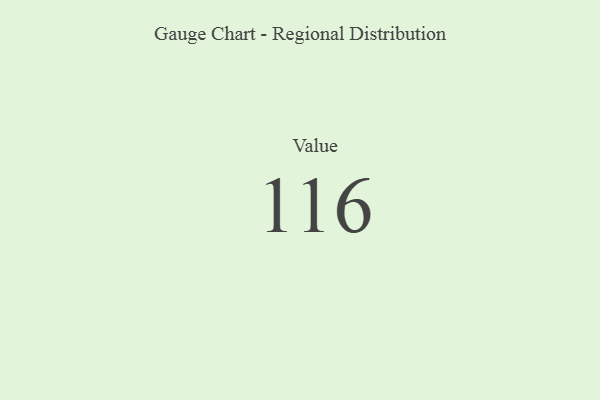
{"axis": {"x": "Metric", "y": "Value"}, "legend": [""], "data": [{"x": "Value", "y": 116, "type": ""}]}